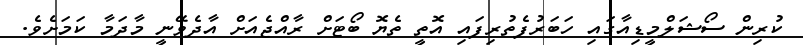
ކުރިން ސޯޝަލްމީޑިއާގައި ހަބަރުފެތުރިފައި އޮތީ ތެޔޮ ބޯޓަށް ރާއްޖެއަށް އާދެވޭނީ މާދަމާ ކަމަށެވެ.